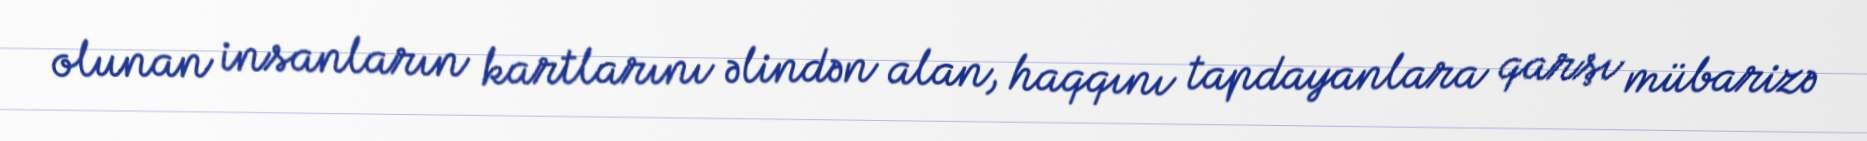
olunan insanların kartlarını əlindən alan, haqqını tapdayanlara qarşı mübarizə